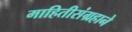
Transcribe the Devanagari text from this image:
माहितीसंग्रहाने